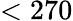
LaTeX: <270